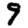
Digit: 9